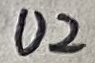
Text: U2